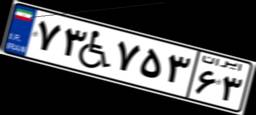
۷۳W۷۵۳۶۳